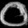
Digit: ၀